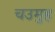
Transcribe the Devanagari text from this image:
चउमुह